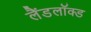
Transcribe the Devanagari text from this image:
लैंडलॉक्ड